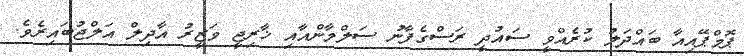
ޕޮމްޕޭއިއާ ބައްދަލު ކުރެއްވީ ސައުދީ ރަސްގެފާނު ސަލްމާންއާއި ޚާރިޖީ ވަޒީރު އާދިލް އަލްޖުބައިރެވެ.